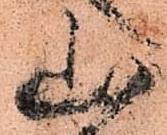
山